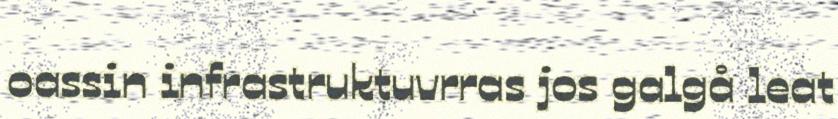
oassin infrastruktuvrras jos galgå leat